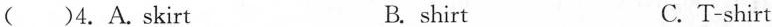
( )4.A.Skirt B. shirt C. T-shirt